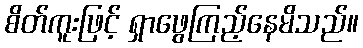
စိတ်ကူးဖြင့် ရှာဖွေကြည့်နေမိသည်။